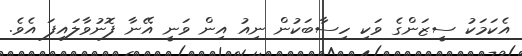
އެކަމަކު ސީޒަންގެ ވަކި ހިސާބަކުން ނިއު އިން ވަނީ އޭނާ ފޮނުވާލައިފަ އެވެ.